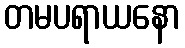
တမပရာယနော